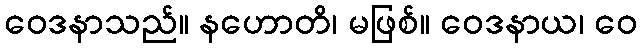
ဝေဒနာသည်။ နဟောတိ၊ မဖြစ်။ ဝေဒနာယ၊ ဝေ